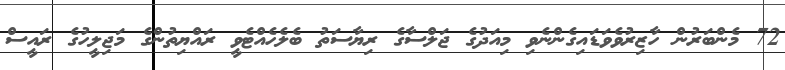
72 މެންބަރުން ހާޒިރުވެވަޑައިގެންނެވި މިއަދުގެ ޖަލްސާގެ ރިޔާސަތު ބެލެހެއްޓެވީ ރައްޔިތުންގެ މަޖިލީހުގެ ރައީސް